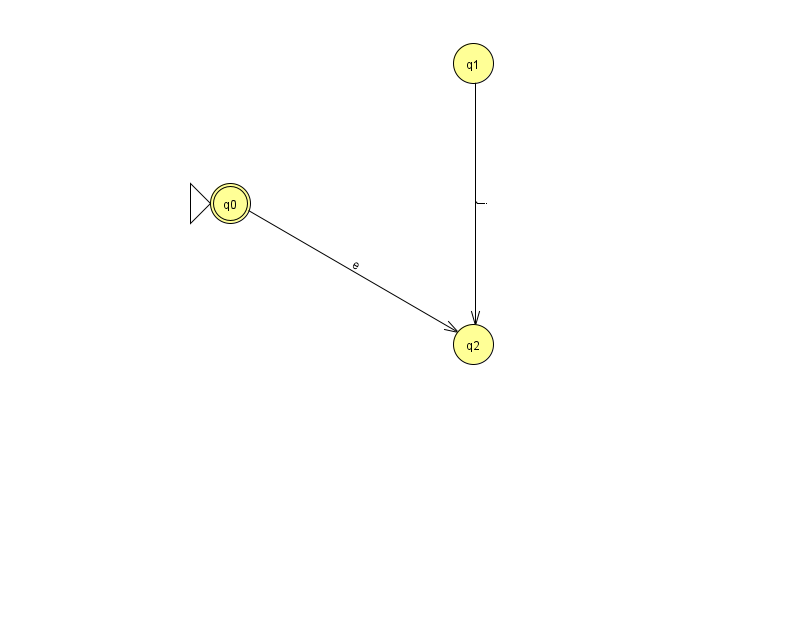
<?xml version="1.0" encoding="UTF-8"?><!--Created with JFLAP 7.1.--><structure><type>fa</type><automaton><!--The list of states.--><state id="0" name="q0"><x>230.0</x><y>190.0</y><initial/><final/></state><state id="1" name="q1"><x>473.0</x><y>50.0</y></state><state id="2" name="q2"><x>473.0</x><y>331.0</y></state><!--The list of transitions.--><transition><from>0</from><to>2</to><read>e</read></transition><transition><from>1</from><to>2</to><read>j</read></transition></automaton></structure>